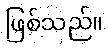
ဖြစ်သည်။